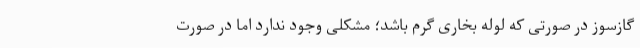
گازسوز در صورتی که لوله بخاری گرم باشد؛ مشکلی وجود ندارد اما در صورت